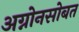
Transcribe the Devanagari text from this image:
अग्नोनसोबत